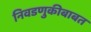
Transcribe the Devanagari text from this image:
निवडणुकीबाबत